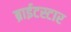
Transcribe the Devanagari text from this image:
ब्राईटस्टार